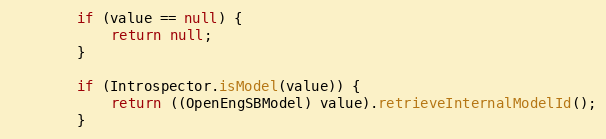
Language: Java
        if (value == null) {
            return null;
        }

        if (Introspector.isModel(value)) {
            return ((OpenEngSBModel) value).retrieveInternalModelId();
        }